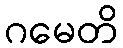
ဂမေတိ